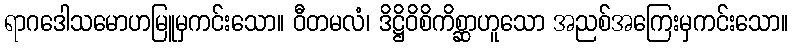
ရာဂဒေါသမောဟမြူမှကင်းသော။ ဝီတမလံ၊ ဒိဋ္ဌိဝိစိကိစ္ဆာဟူသော အညစ်အကြေးမှကင်းသော။